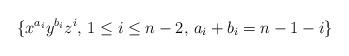
LaTeX: \begin{align*}\{x^{a_i}y^{b_i}z^i, \, 1\leq i \leq n-2, \,a_i+b_i=n-1-i\}\end{align*}